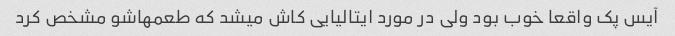
آیس پک واقعا خوب بود ولى در مورد ایتالیایى کاش میشد که طعمهاشو مشخص کرد